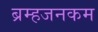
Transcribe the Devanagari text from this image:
ब्रम्हजनकम